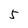
Character: 5